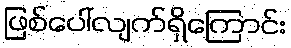
ဖြစ်ပေါ်လျက်ရှိကြောင်း